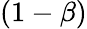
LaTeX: (1-\beta)